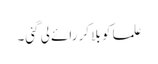
علما کو بلا کر رائے لی گئی۔